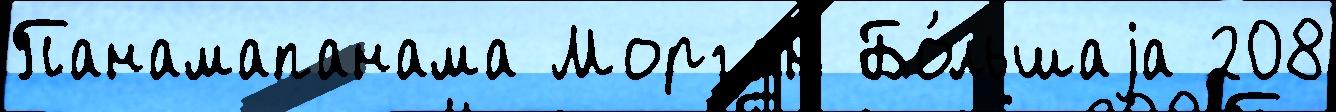
Панамапанама Морган Бо́льшаjа 208